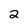
Character: 2